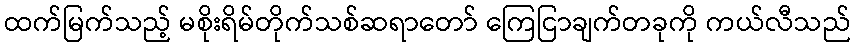
ထက်မြက်သည့် မစိုးရိမ်တိုက်သစ်ဆရာတော် ကြေငြာချက်တခုကို ကယ်လီသည်